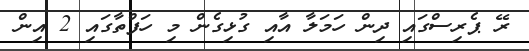
ރޭ ޕެރިސްގައި ދިން ހަމަލާ އާއި ގުޅިގެން މި ހަފްތާގައި 2 އިން